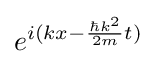
e^{i(kx-{\frac {\hbar k^{2}}{2m}}t)}